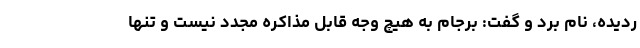
ردیده، نام برد و گفت: برجام به هیچ وجه قابل مذاکره مجدد نیست و تنها